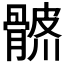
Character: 𩩨